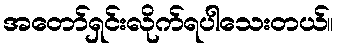
အတော်ရှင်းလိုက်ရပါသေးတယ်။